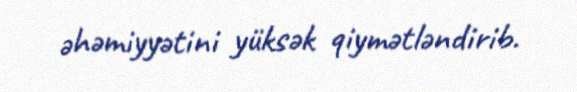
əhəmiyyətini yüksək qiymətləndirib.